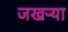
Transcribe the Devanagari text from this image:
जखऱ्या